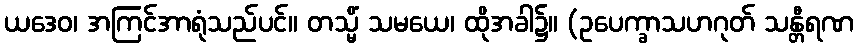
ယဒေဝ၊ အကြင်အာရုံသည်ပင်။ တသ္မိံ သမယေ၊ ထိုအခါ၌။ (ဥပေက္ခာသဟဂုတ် သန္တီရဏ